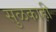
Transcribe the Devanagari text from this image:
सुळकाही